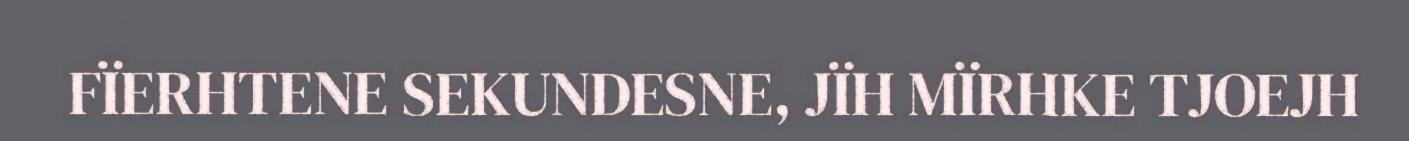
FÏERHTENE SEKUNDESNE, JÏH MÏRHKE TJOEJH